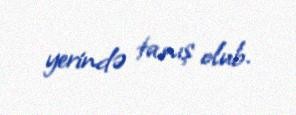
yerində tanış olub.